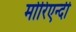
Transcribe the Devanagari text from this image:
मोरिएन्दी